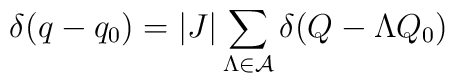
\delta (q-q_0) = \vert J \vert \sum _{\Lambda \in  {\cal A}} \delta     (Q-\Lambda Q_0)